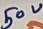
Text: 50V